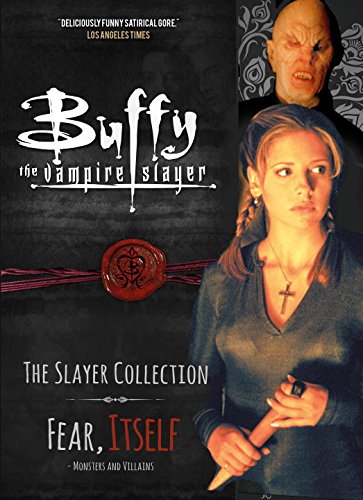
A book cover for Buffy the Vampire Slayer, The Slayer Collection Vol 2, Fear Itself - Monsters & Villains; Titan; Humor & Entertainment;